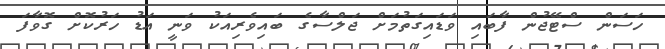
ހަސަން ސްޓޭޖުން ފާބައި ވަޑައިގަތުމަށް ޖަލްސާގެ ބައިވެރިއަކު ވަނީ އަޑު ހަރުކޮށް ގޮވާފަ